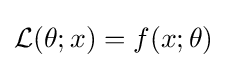
{\mathcal {L}}(\theta ;x)=f(x;\theta )